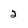
Character: 2